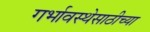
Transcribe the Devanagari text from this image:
गर्भावस्थेसाठीच्या